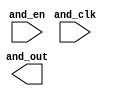
// SPDX-License-Identifier: Apache-2.0
// Copyright (C) 2019 Intel Corporation. 
//-----------------------------------------------------------------------------
//  Clock XOR macro
//-----------------------------------------------------------------------------

module altr_hps_ckand_gate (
    input  wire              and_clk,     // and input 1
    input  wire              and_en,     // and input 2
    output  wire             and_out      // and output
);

// -------------------
// Port declarations
// -------------------

// -----
// RTL
// -----

`ifdef ALTR_HPS_INTEL_MACROS_OFF
assign and_out = and_clk & and_en;

`else



`endif

endmodule